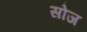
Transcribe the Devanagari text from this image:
सोज